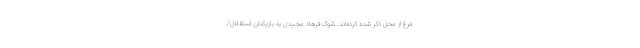
مرغ از محل ذکر شده کرده‌اند. شوک فرهاد مجیدی به بازیکنان استقلال/